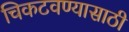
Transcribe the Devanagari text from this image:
चिकटवण्यासाठी